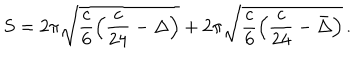
LaTeX: S = 2 \pi \sqrt { \frac c 6 \left( \frac { c } { 2 4 } - \Delta \right) } + 2 \pi \sqrt { \frac c 6 \left( \frac { c } { 2 4 } - \bar { \Delta } \right) } \, .